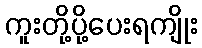
ကူးတို့ပို့ပေးရကျိုး